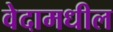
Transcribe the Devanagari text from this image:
वेदामधील